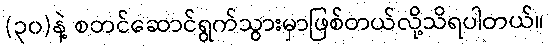
(၃၀)နဲ့ စတင်ဆောင်ရွက်သွားမှာဖြစ်တယ်လို့သိရပါတယ်။